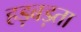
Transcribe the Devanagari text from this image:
हड़बड़ता